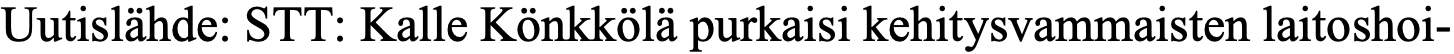
Uutislähde: STT: Kalle Könkkölä purkaisi kehitysvammaisten laitoshoi-